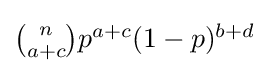
{\textstyle {\binom {n}{a+c}}p^{a+c}(1-p)^{b+d}}